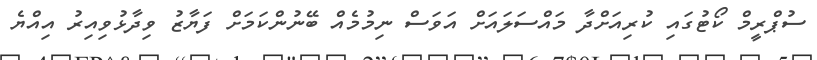
ސުޕްރީމް ކޯޓުގައި ކުރިއަށްދާ މައްސަލައަށް އަވަސް ނިމުމެއް ބޭނުންކަމަށް ފަޔާޒު ވިދާޅުވިއިރު އިއްޔެ